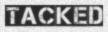
TACKED